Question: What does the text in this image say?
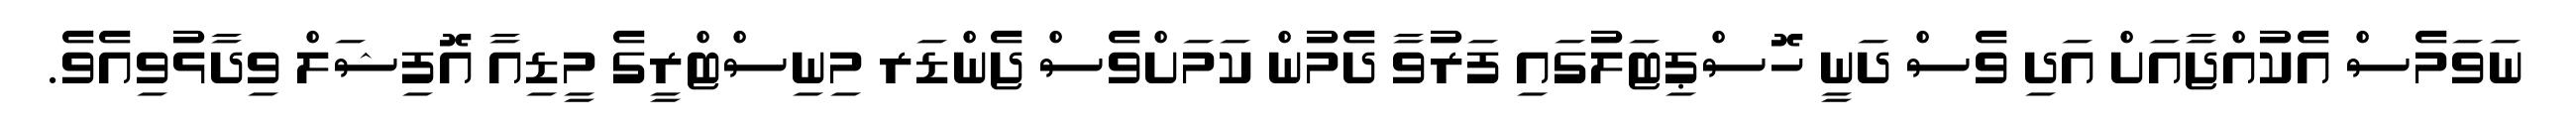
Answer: ނަވަމެސް އެކުއްޖާއަށް އަދި ވެސް ދަނީ ހޮސްޕިޓަލުގައި ފަރުވާ ދެމުން ކަމަށްވެސް ޖެންޑަރ މިނިސްޓްރީގެ މީޑިއާ އޮފިޝަލް ވިދާޅުވިއެވެ.